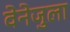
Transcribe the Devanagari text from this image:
वेनेजुला